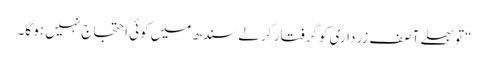
“ تو بھلے آصف زرداری کو گرفتار کر لے سندھ میں کوئی احتجاج نہیں ہو گا۔